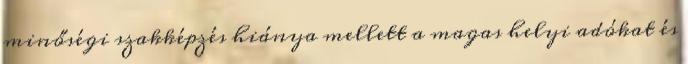
minőségi szakképzés hiánya mellett a magas helyi adókat és